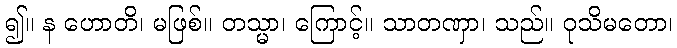
၍။ န ဟောတိ၊ မဖြစ်။ တသ္မာ၊ ကြောင့်။ သာတဏှာ၊ သည်။ ဝုသိမတော၊